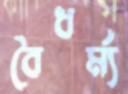
বৈধর্ম্য